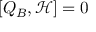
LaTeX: [ Q _ { B } , { \mathcal { H } } ] = 0